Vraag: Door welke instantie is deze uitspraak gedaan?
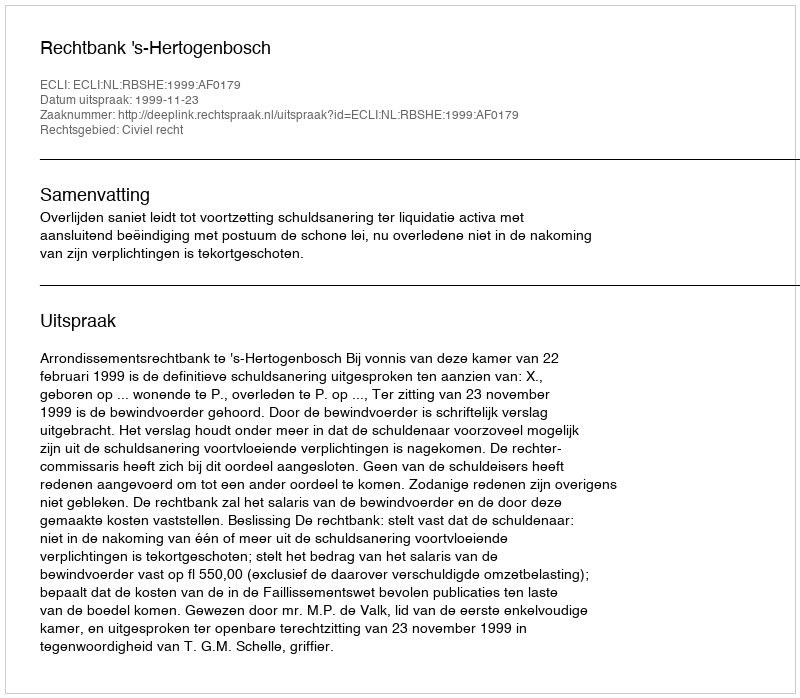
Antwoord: Rechtbank 's-Hertogenbosch